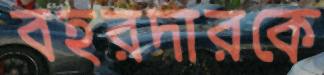
বহরদারকে